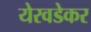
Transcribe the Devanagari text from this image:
येरवडेकर